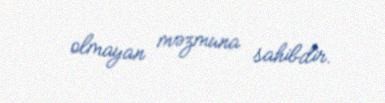
olmayan məzmuna sahibdir.